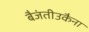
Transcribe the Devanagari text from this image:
बैजंतीउकैना